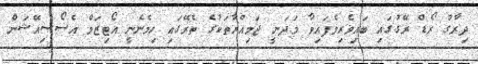
ދިރާގު ރޯޑް ރޭގުގައި ބައިވެރިވެފައިވާ މަދަނީ ޖަމިއްޔާތަކުގެ ތެރޭގައި ހިމެނެނީ އޯޓިޒަމް އެސޯސިއޭޝަން